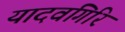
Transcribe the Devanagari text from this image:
यादवगिरि